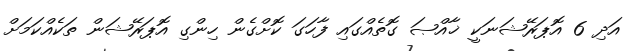
އަދި 6 އޮޕަރޭޝަނަކީ ޚާއްޞަ ގޮތެއްގައި ފާހަގަ ކޮށްގެން ހިންގި އޮޕަރޭޝަން ތަކެއްކަމަށް